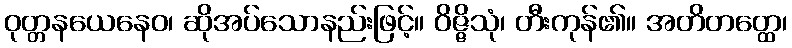
ဝုတ္တနယေနေဝ၊ ဆိုအပ်သောနည်းဖြင့်။ ဝိဇ္ဇိသုံ၊ တီးကုန်၏။ အတိတတ္ထေ၊